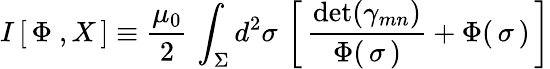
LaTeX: I\left[\, \Phi\ ,X\, \right]\equiv\frac{\mu_{0}}{2}\, \int_{\Sigma}d^{2}\sigma\, \left[\, {\frac{\mathrm{det}(\gamma_{mn})}{\Phi(\, \sigma\, )}}+\Phi(\, \sigma\, )\, \right]